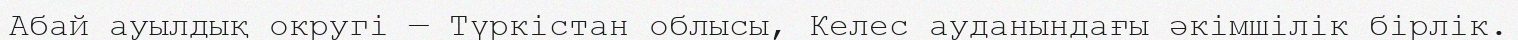
Абай ауылдық округі — Түркістан облысы, Келес ауданындағы әкімшілік бірлік.